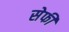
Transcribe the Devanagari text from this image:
सेफी